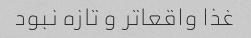
غذا واقعا‌تر و تازه نبود